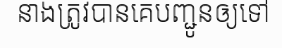
នាងត្រូវបានគេបញ្ជូនឲ្យទៅ